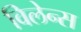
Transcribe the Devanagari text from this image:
विलेन्स